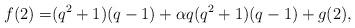
LaTeX: \begin{align*} f(2)= &(q^2+1)(q-1)+\alpha q(q^2+1)(q-1)+g(2),\end{align*}